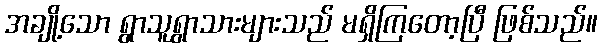
အချို့သော ရွာသူရွာသားများသည် မရှိကြတော့ပြီ ဖြစ်သည်။